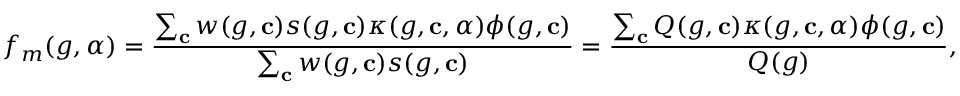
f _ { m } ( g , \alpha ) = \frac { \sum _ { \mathbf { c } } w ( g , \mathbf { c } ) s ( g , \mathbf { c } ) \kappa ( g , \mathbf { c } , \alpha ) \phi ( g , \mathbf { c } ) } { \sum _ { \mathbf { c } } w ( g , \mathbf { c } ) s ( g , \mathbf { c } ) } = \frac { \sum _ { \mathbf { c } } Q ( g , \mathbf { c } ) \kappa ( g , \mathbf { c } , \alpha ) \phi ( g , \mathbf { c } ) } { Q ( g ) } ,